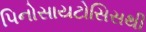
પિનોસાયટોસિસથી